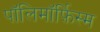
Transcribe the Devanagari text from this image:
पॉलिमॉर्फ़िस्म